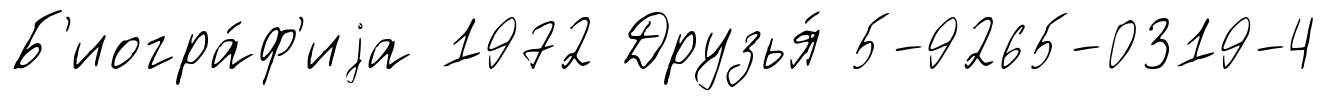
Б'иогра́ф'иjа 1972 Друзья́ 5-9265-0319-4